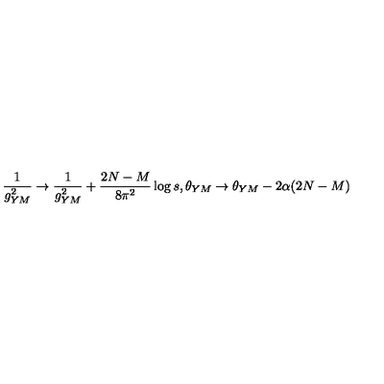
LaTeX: \frac { 1 } { g _ { Y M } ^ { 2 } } \rightarrow \frac { 1 } { g _ { Y M } ^ { 2 } } + \frac { 2 N - M } { 8 \pi ^ { 2 } } \log s , \theta _ { Y M } \rightarrow \theta _ { Y M } - 2 \alpha ( 2 N - M )